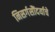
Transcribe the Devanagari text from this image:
निसर्गसौंदर्याचे